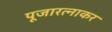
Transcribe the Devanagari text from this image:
पूजारत्नाकर